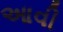
આવી